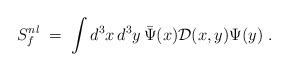
LaTeX: \begin{align*} S_f^{nl}\;=\; \int d^3x\,d^3y\, \bar{\Psi}(x) \mathcal{D}(x,y) \Psi(y) \;.\end{align*}